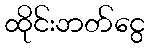
ထိုင်းဘတ်ငွေ